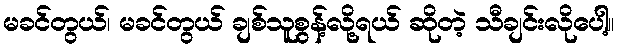
မခင်တွယ်၊ မခင်တွယ် ချစ်သူစွန့်လို့ရယ် ဆိုတဲ့ သီချင်းလိုပေါ့။